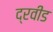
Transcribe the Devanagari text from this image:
द्रवीड